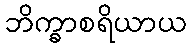
ဘိက္ခာစရိယာယ